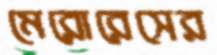
মেরোরেসের